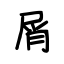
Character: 屑